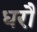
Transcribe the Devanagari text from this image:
धरौ